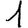
Digit: 1